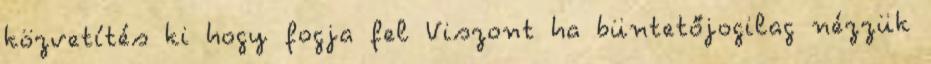
közvetítés ki hogy fogja fel Viszont ha büntetőjogilag nézzük